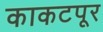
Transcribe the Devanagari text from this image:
काकटपूर